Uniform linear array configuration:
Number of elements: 16
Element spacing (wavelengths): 0.5
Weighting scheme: hamming
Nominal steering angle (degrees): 45
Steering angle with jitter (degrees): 45.988
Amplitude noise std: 0.05
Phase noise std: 0.05

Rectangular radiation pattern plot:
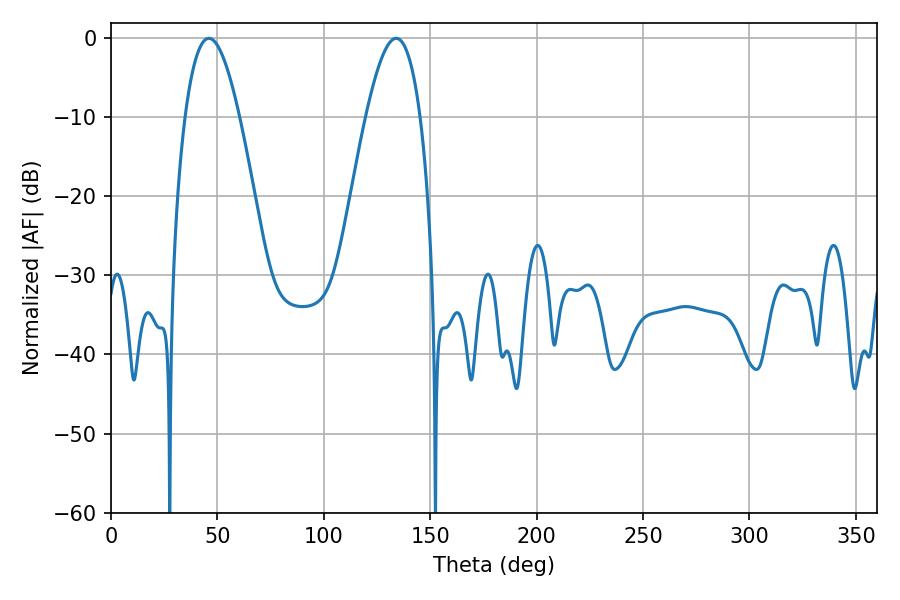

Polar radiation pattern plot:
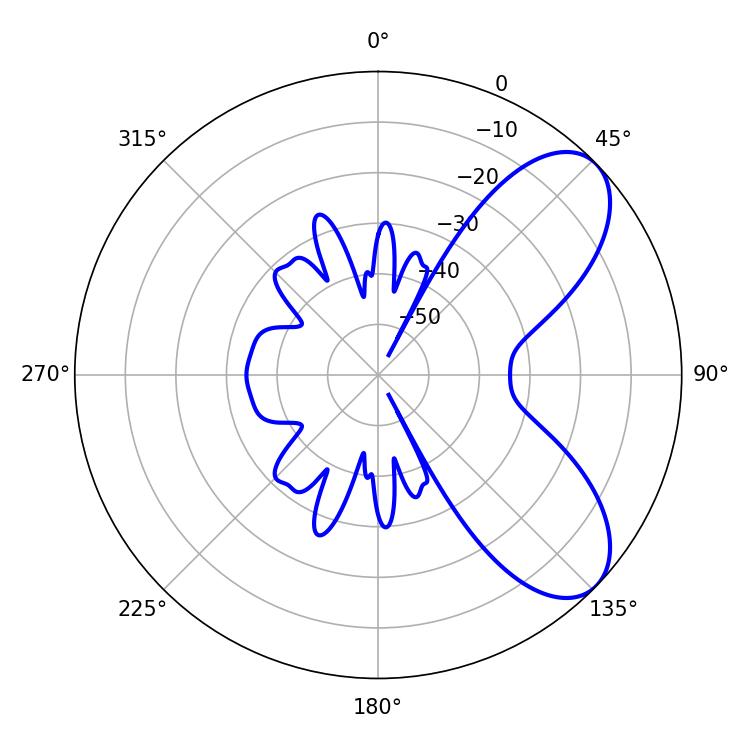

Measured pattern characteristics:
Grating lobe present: FALSE
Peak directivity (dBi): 7.193
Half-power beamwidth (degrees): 14.04
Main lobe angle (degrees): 46.08